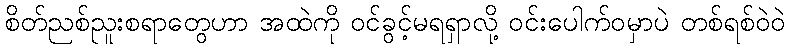
စိတ်ညစ်ညူးစရာတွေဟာ အထဲကို ဝင်ခွင့်မရရှာလို့ ဝင်းပေါက်ဝမှာပဲ တစ်ရစ်ဝဲဝဲ